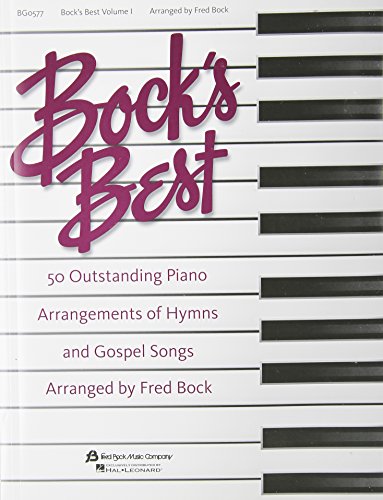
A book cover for Bock's Best - Volume 1: Piano Solo; Christian Books & Bibles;